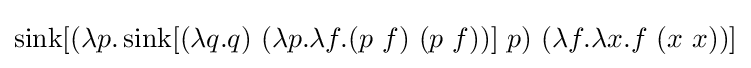
\operatorname {sink} [(\lambda p.\operatorname {sink} [(\lambda q.q)\ (\lambda p.\lambda f.(p\ f)\ (p\ f))]\ p)\ (\lambda f.\lambda x.f\ (x\ x))]